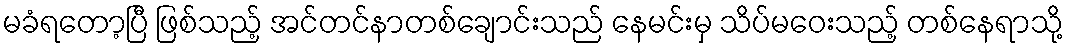
မခံရတော့ပြီ ဖြစ်သည့် အင်တင်နာတစ်ချောင်းသည် နေမင်းမှ သိပ်မဝေးသည့် တစ်နေရာသို့